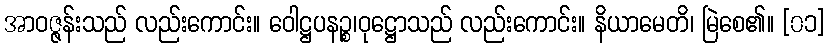
အာဝဇ္ဇန်းသည် လည်းကောင်း။ ဝေါဋ္ဌပနဉ္စ၊ဝုဋ္ဌောသည် လည်းကောင်း။ နိယာမေတိ၊ မြဲစေ၏။ [၀၁]